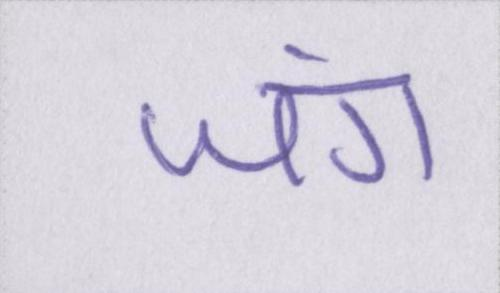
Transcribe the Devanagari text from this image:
जंग